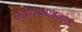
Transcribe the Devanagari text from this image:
सच्चेपणामुळे